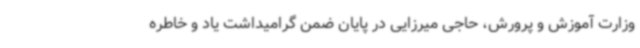
وزارت آموزش و پرورش، حاجی میرزایی در پایان ضمن گرامیداشت یاد و خاطره